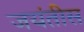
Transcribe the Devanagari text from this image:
जयंतीस